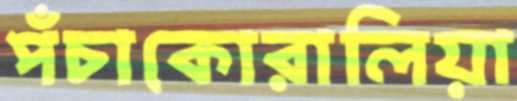
পঁচাকোরালিয়া